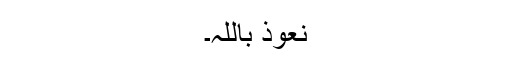
نعوذ باللہ۔